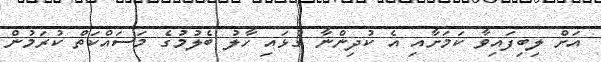
އަށް ލިބިފައިވާ ކަމަށާއި އެ ކުދިންނާ ގުޅައި ހާލު ބެލުމުގެ މަސައްކަތް ކުރަމުން